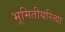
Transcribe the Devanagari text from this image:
भूमितीयरित्या